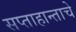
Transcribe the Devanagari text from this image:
सप्ताहान्ताचे